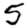
Digit: 5